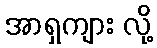
အာရှကျား လို့